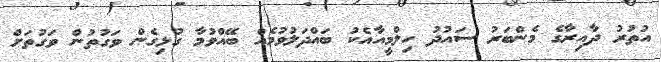
އުތުރު ދާއިރާގެ މެންބަރު ސައުދު ހިލްމީއާއެކު ބައްދަލުވުމެއް ބޭއްވުމާ ގުޅިގެން ވަގުތުން ވަގުތަށް